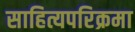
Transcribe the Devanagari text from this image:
साहित्यपरिक्रमा